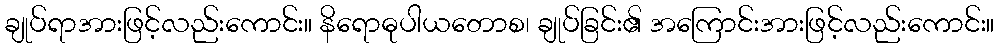
ချုပ်ရာအားဖြင့်လည်းကောင်း။ နိရောဓုပါယတောစ၊ ချုပ်ခြင်း၏ အကြောင်းအားဖြင့်လည်းကောင်း။